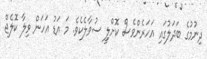
ދިނުމުގެ ބަދަލުގައި އަހަރެންވެސް ކޮށްލިީ ސުވާލެކެވެ. މަ އަޑު އަހަން ވިލާ ކޮލެޖް